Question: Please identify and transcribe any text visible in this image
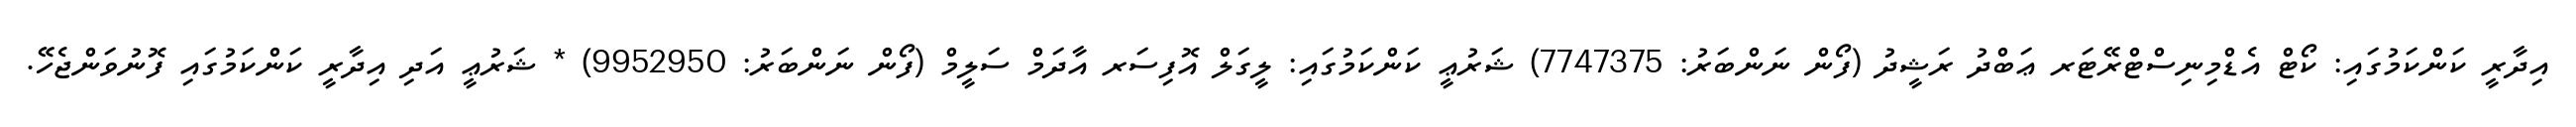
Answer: އިދާރީ ކަންކަމުގައި: ކޯޓް އެޑްމިނިސްޓްރޭޓަރ ޢަބްދު ރަޝީދު (ފޯން ނަންބަރު: 7747375) ޝަރުޢީ ކަންކަމުގައި: ލީގަލް އޮފިސަރ އާދަމް ސަލީމް (ފޯން ނަންބަރު: 9952950) * ޝަރުޢީ އަދި އިދާރީ ކަންކަމުގައި ފޮނުވަންޖެހޭ.